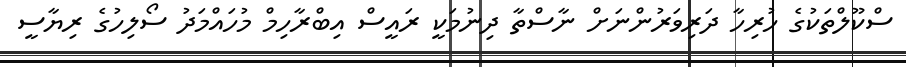
ސްކޫލްތަކުގެ ހުރިހާ ދަރިވަރުންނަށް ނާސްތާ ދިނުމަކީ ރައީސް އިބްރާހިމް މުހައްމަދު ސޯލިހުގެ ރިޔާސީ